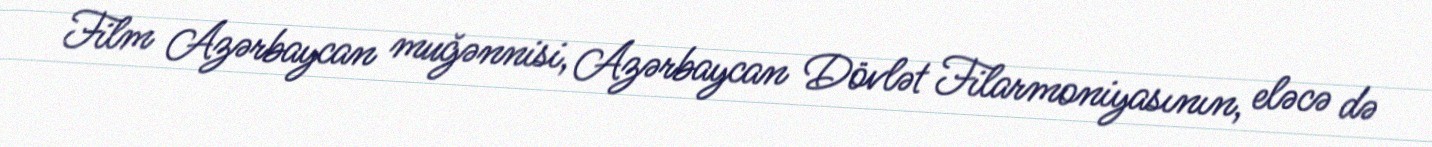
Film Azərbaycan muğənnisi, Azərbaycan Dövlət Filarmoniyasının, eləcə də